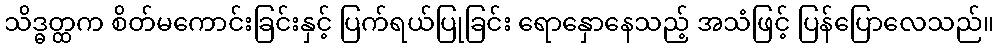
သိဒ္ဓတ္ထက စိတ်မကောင်းခြင်းနှင့် ပြက်ရယ်ပြုခြင်း ရောနှောနေသည့် အသံဖြင့် ပြန်ပြောလေသည်။